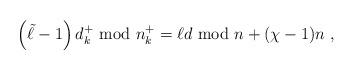
LaTeX: \begin{align*}\left( \tilde{\ell} - 1 \right) d_k^+ {\rm ~mod~} n_k^+ =\ell d {\rm ~mod~} n + (\chi-1) n \;,\end{align*}